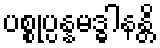
ပစ္စုပ္ပန္နမဒ္ဓါနန္တိ